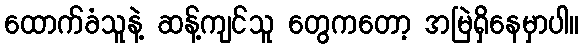
ထောက်ခံသူနဲ့ ဆန့်ကျင်သူ တွေကတော့ အမြဲရှိနေမှာပါ။